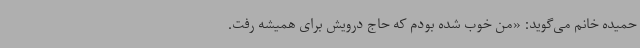
حمیده خانم می‌گوید: «من خوب شده بودم که حاج درویش برای همیشه رفت.